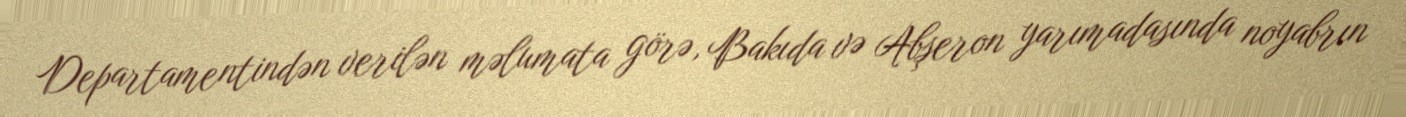
Departamentindən verilən məlumata görə, Bakıda və Abşeron yarımadasında noyabrın